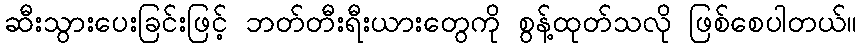
ဆီးသွားပေးခြင်းဖြင့် ဘတ်တီးရီးယားတွေကို စွန့်ထုတ်သလို ဖြစ်စေပါတယ်။